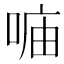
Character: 𠶦